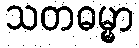
သတဓမ္မာ